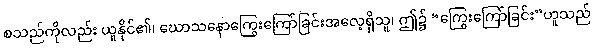
စသည်ကိုလည်း ယူနိုင်၏၊ ဃောသနောကြွေးကြော်ခြင်းအလေ့ရှိသူ၊ ဤ၌ “ကြွေးကြော်ခြင်း”ဟူသည်